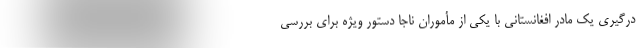
درگیری یک مادر افغانستانی با یکی از مأموران ناجا دستور ویژه برای بررسی